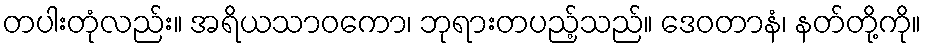
တပါးတုံလည်း။ အရိယသာဝကော၊ ဘုရားတပည့်သည်။ ဒေဝတာနံ၊ နတ်တို့ကို။